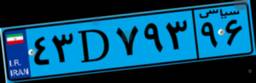
۸۱D۹۲۲۶۴